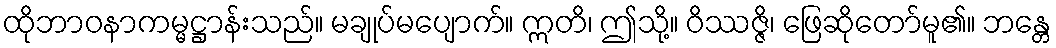
ထိုဘာဝနာကမ္မဋ္ဌာန်းသည်။ မချုပ်မပျောက်။ ဣတိ၊ ဤသို့။ ဝိဿဇ္ဇိ၊ ဖြေဆိုတော်မူ၏။ ဘန္တေ